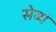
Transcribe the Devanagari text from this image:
सेव्यं